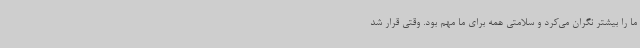
ما را بیشتر نگران می‌کرد و سلامتی همه برای ما مهم بود. وقتی قرار شد